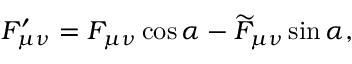
F _ { \mu \nu } ^ { \prime } = F _ { \mu \nu } \cos \alpha - \widetilde { F } _ { \mu \nu } \sin \alpha ,